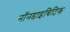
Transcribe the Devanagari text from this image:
नॉनडाइबिटिक